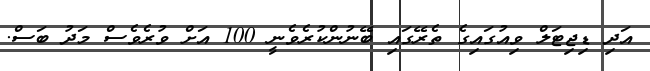
އަދި ޑިޖިޓަލް ވިއުގައިގެ ތެރޭގައި ބޭނުންކުރެވެނީ 100 އަށް ވުރެވެސް މަދު ބަސް.